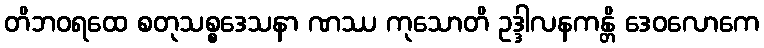
တိဘဝရထေ စတုသစ္စဒေသနာ ဏဿ ကုသောတိ ဥဒ္ဒါလနကန္တိ ဒေဝလောကေ